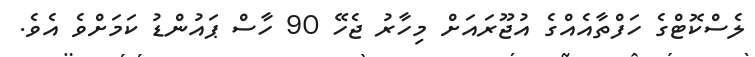
ލެސްކޮޓްގެ ހަފްތާއެއްގެ އުޖޫރައަށް މިހާރު ޖެހޭ 90 ހާސް ޕައުންޑު ކަމަށްވެ އެވެ.